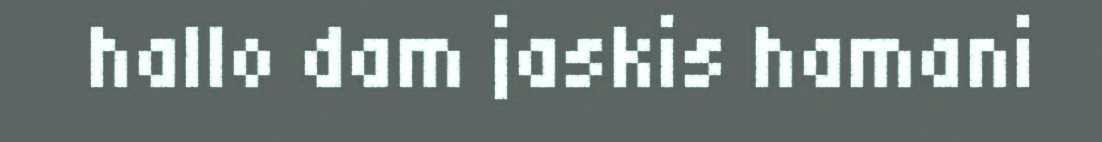
hallo dam jaskis hamani